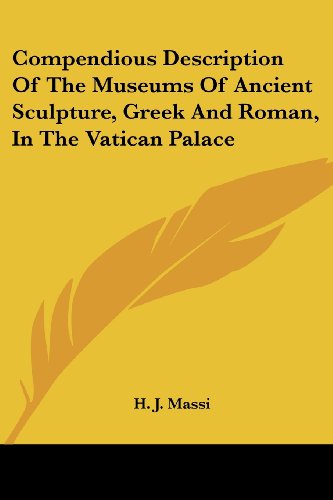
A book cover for Compendious Description Of The Museums Of Ancient Sculpture, Greek And Roman, In The Vatican Palace; H. J. Massi; Travel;